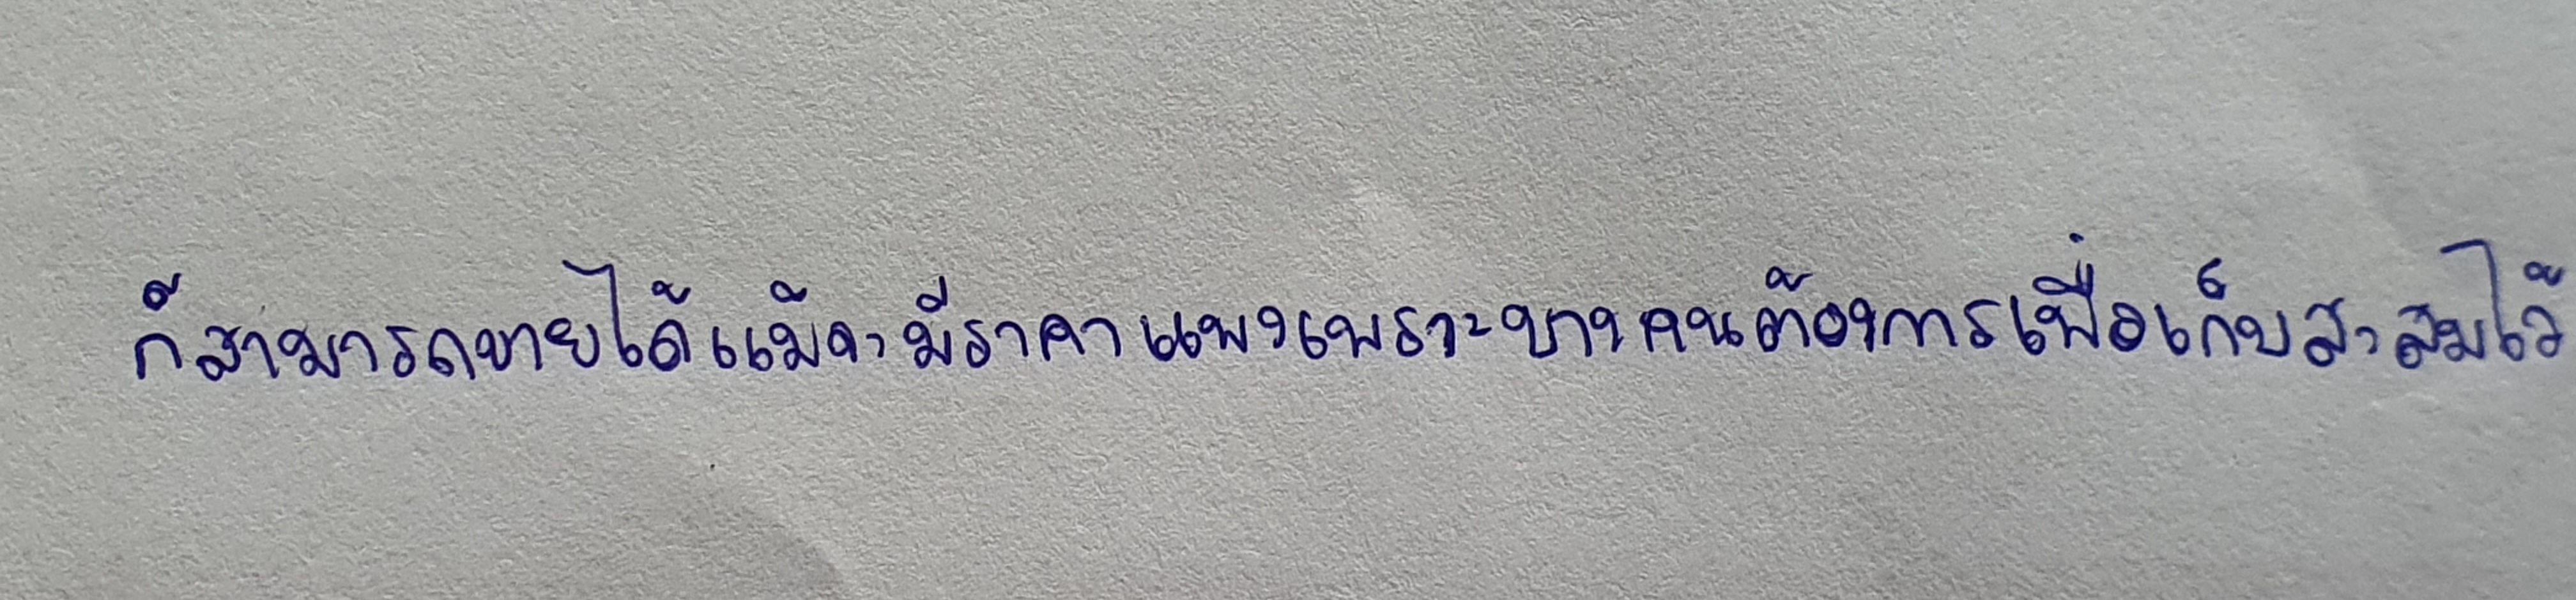
ก็สามารถขายได้แม้จะมีราคาแพงเพราะบางคนต้องการเพื่อเก็บสะสมไว้